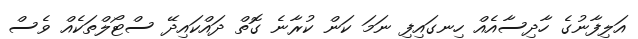
އަލިފާނުގެ ހާދިސާއެއް ހިނގައިފި ނަމަ ކަން ކުރާނެ ގޮތް ދައްކައިދޭ ސްޓޯލްތަކެއް ވެސް